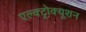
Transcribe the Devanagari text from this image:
एल्क्ट्रोक्यूशन